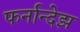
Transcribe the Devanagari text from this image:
फर्नान्देझ